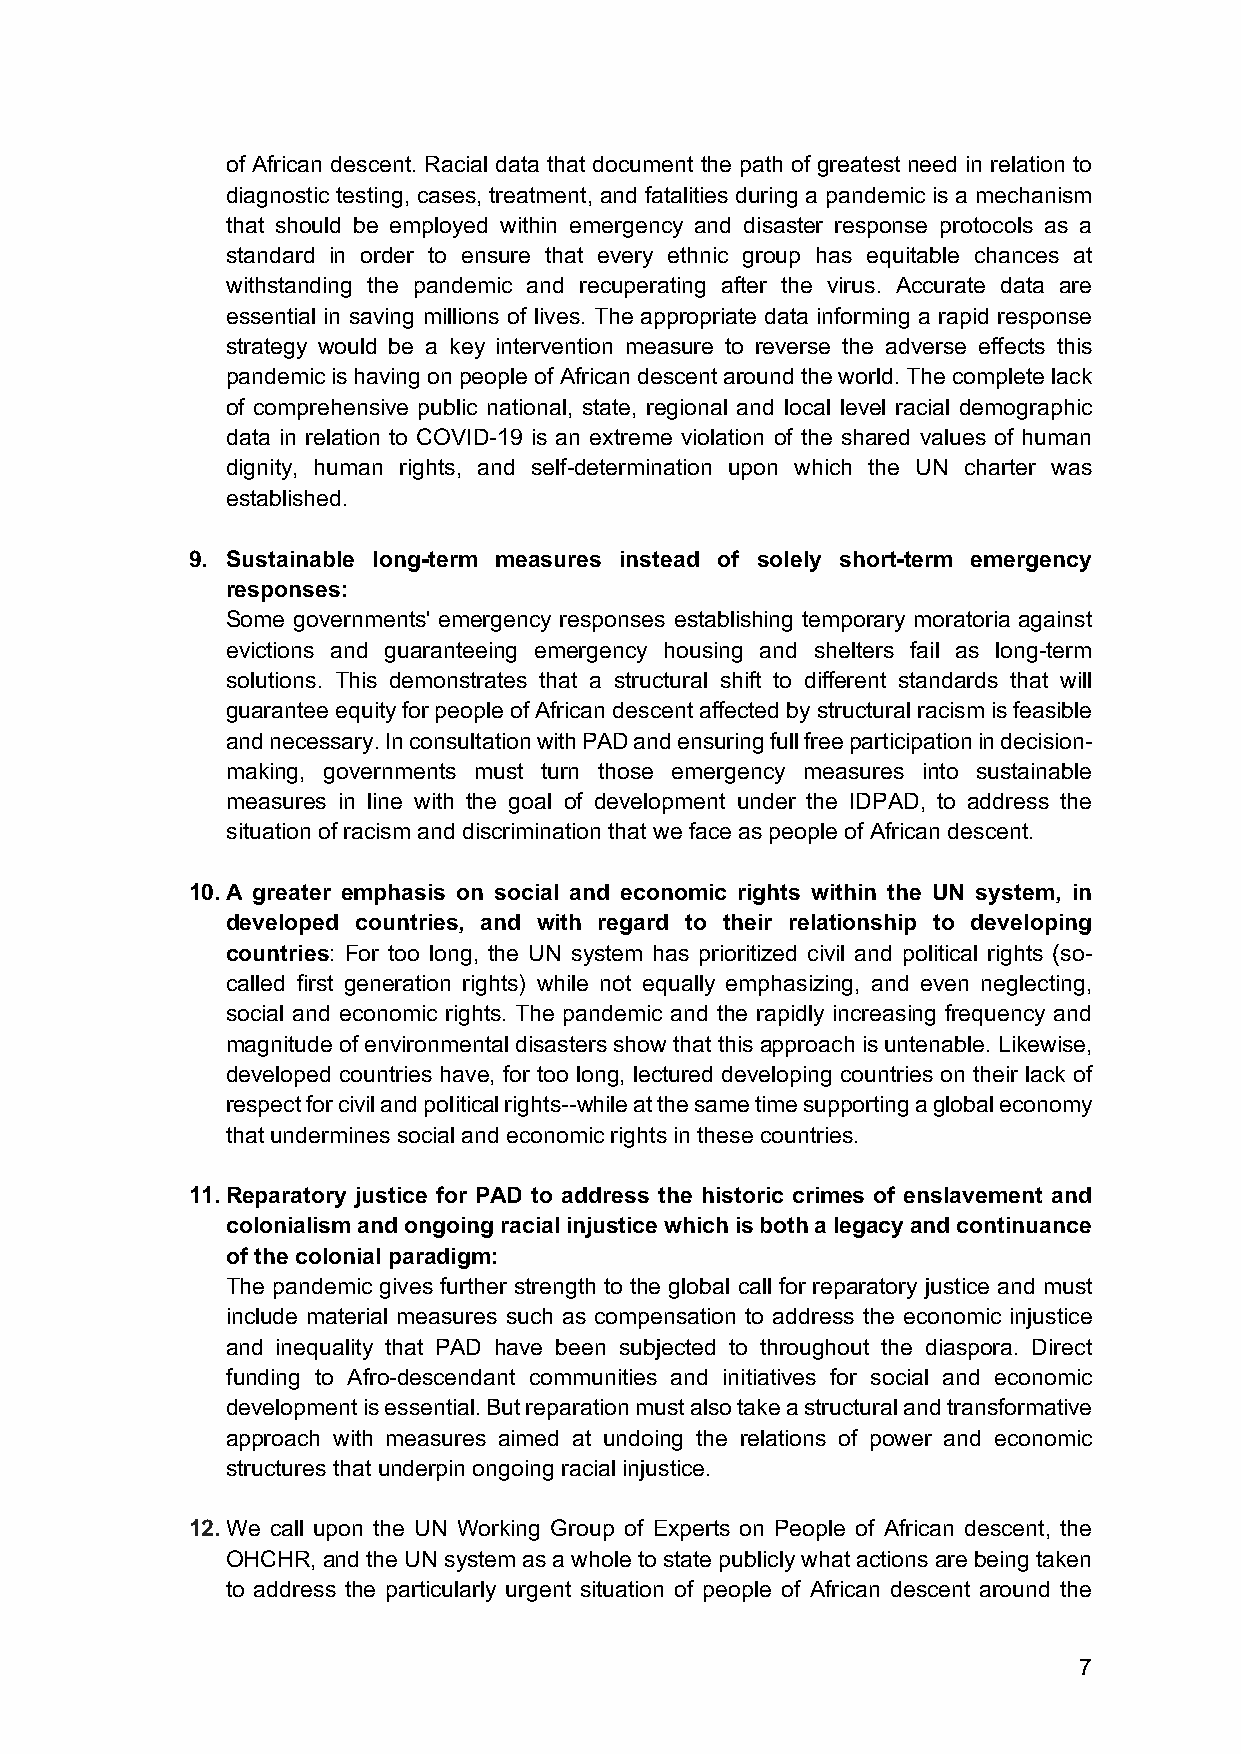
of African descent. Racial data that document the path of greatest need in relation to
 diagnostic testing, cases, treatment, and fatalities during a pandemic is a mechanism
 that should be employed within emergency and disaster response protocols as a
 standard in order to ensure that every ethnic group has equitable chances at
 withstanding the pandemic and recuperating after the virus. Accurate data are
 essential in saving millions of lives. The appropriate data informing a rapid response
 strategy would be a key intervention measure to reverse the adverse effects this
 pandemic is having on people of African descent around the world. The complete lack
 of comprehensive public national, state, regional and local level racial demographic
 data in relation to COVID-19 is an extreme violation of the shared values of human
 dignity, human rights, and self-determination upon which the UN charter was
 established.
 9. Sustainable long-term measures instead of solely short-term emergency
 responses:
 Some governments' emergency responses establishing temporary moratoria against
 evictions and guaranteeing emergency housing and shelters fail as long-term
 solutions. This demonstrates that a structural shift to different standards that will
 guarantee equity for people of African descent affected by structural racism is feasible
 and necessary. In consultation with PAD and ensuring full free participation in decision-
 making, governments must turn those emergency measures into sustainable
 measures in line with the goal of development under the IDPAD, to address the
 situation of racism and discrimination that we face as people of African descent.
 10. A greater emphasis on social and economic rights within the UN system, in
 developed countries, and with regard to their relationship to developing
 countries: For too long, the UN system has prioritized civil and political rights (so-
 called first generation rights) while not equally emphasizing, and even neglecting,
 social and economic rights. The pandemic and the rapidly increasing frequency and
 magnitude of environmental disasters show that this approach is untenable. Likewise,
 developed countries have, for too long, lectured developing countries on their lack of
 respect for civil and political rights--while at the same time supporting a global economy
 that undermines social and economic rights in these countries.
 11. Reparatory justice for PAD to address the historic crimes of enslavement and
 colonialism and ongoing racial injustice which is both a legacy and continuance
 of the colonial paradigm:
 The pandemic gives further strength to the global call for reparatory justice and must
 include material measures such as compensation to address the economic injustice
 and inequality that PAD have been subjected to throughout the diaspora. Direct
 funding to Afro-descendant communities and initiatives for social and economic
 development is essential. But reparation must also take a structural and transformative
 approach with measures aimed at undoing the relations of power and economic
 structures that underpin ongoing racial injustice.
 12. We call upon the UN Working Group of Experts on People of African descent, the
 OHCHR, and the UN system as a whole to state publicly what actions are being taken
 to address the particularly urgent situation of people of African descent around the
 7